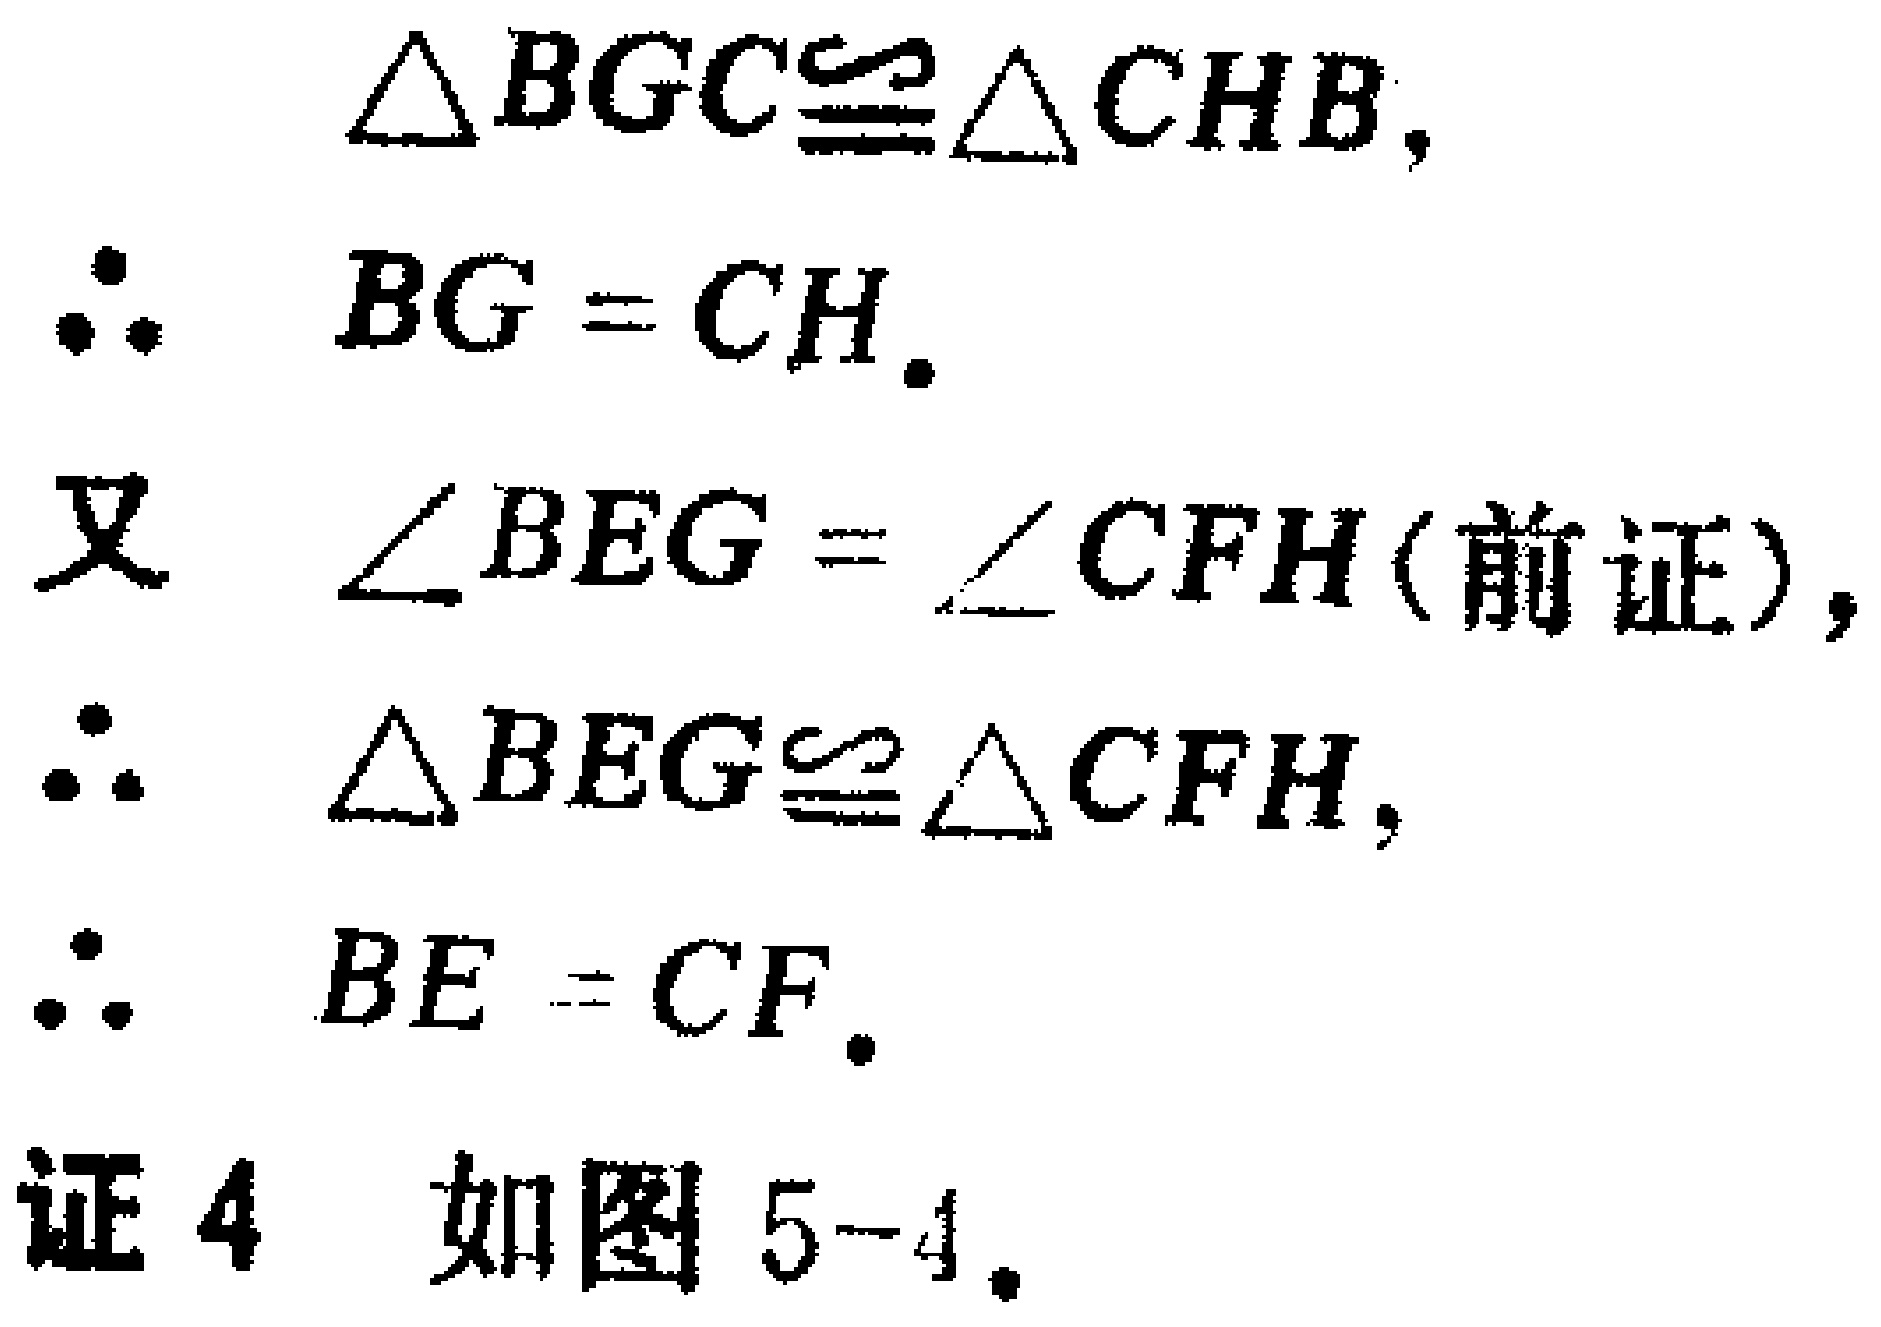
$\triangle BGC\cong\triangle CHB,$
$\therefore\ BG = CH.$
又 $\angle BEG=\angle CFH$(前证),
$\therefore\ \triangle BEG\cong\triangle CFH,$
$\therefore\ BE = CF.$
证4 如图5-4。